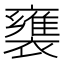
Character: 𲁅